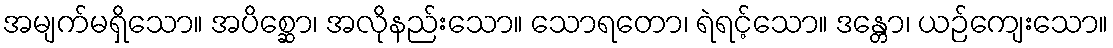
အမျက်မရှိသော။ အပိစ္ဆော၊ အလိုနည်းသော။ သောရတော၊ ရဲရင့်သော။ ဒန္တော၊ ယဉ်ကျေးသော။